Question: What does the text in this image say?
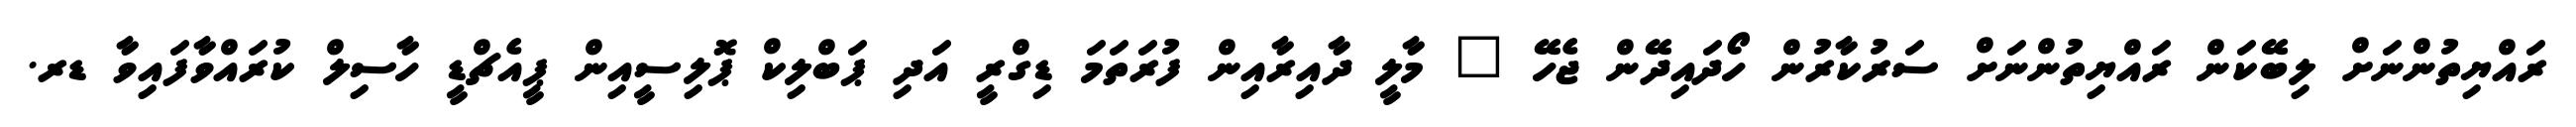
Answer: ރައްޔިތުންނަށް ލިބޭކަން ރައްޔިތުންނަށް ސަރުކާރުން ހޯދައިދޭން ޖެހޭ " މާލީ ދާއިރާއިން ފުރަތަމަ ޑިގްރީ އަދި ޕަބްލިކް ޕޮލިސީއިން ޕީއެޗްޑީ ހާސިލް ކުރައްވާފައިވާ ޑރ.